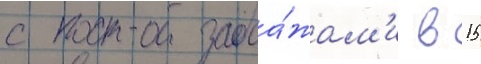
с прода́жам'и в 15